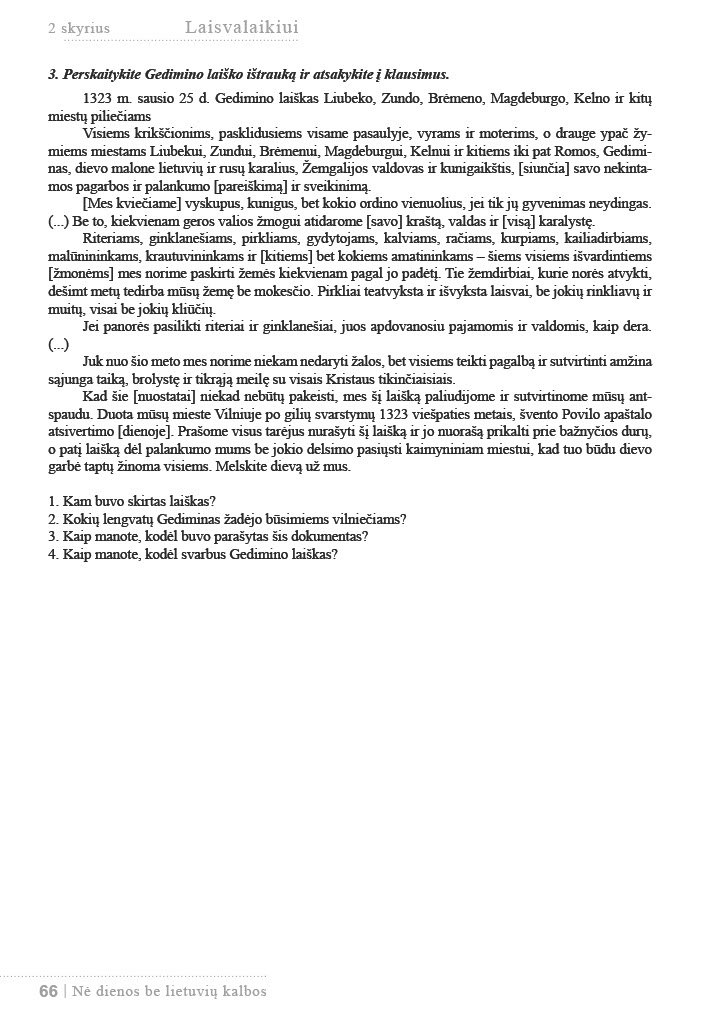
Language: lt